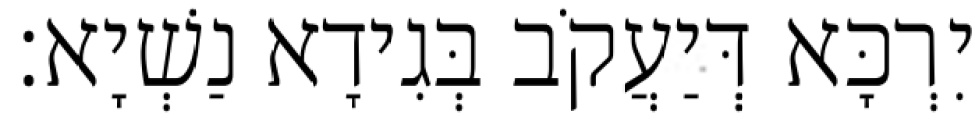
יִרְכָּא דְּיַעֲקֹב בְּגִידָא נַשְׁיָא׃